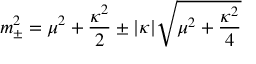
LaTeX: m _ { \pm } ^ { 2 } = \mu ^ { 2 } + { \frac { \kappa ^ { 2 } } { 2 } } \pm | \kappa | \sqrt { \mu ^ { 2 } + { \frac { \kappa ^ { 2 } } { 4 } } }